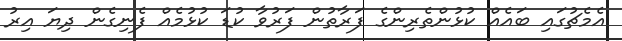
އެމެޗުގައި ބައެއް ކުޅުންތެރިންގެ ފަރާތުން ފަރުވާ ކުޑަ ކުޅުމެއް ފެނިގެން ދިޔަ އިރު